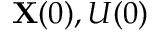
\mathbf { X } ( 0 ) , U ( 0 )